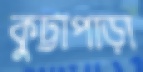
কুট্টাপাড়া